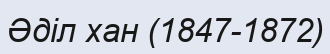
Әділ хан (1847-1872)